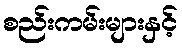
စည်းကမ်းများနှင့်